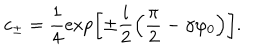
LaTeX: c _ { \pm } = \frac 1 4 \exp \left[ \pm \frac { i } { 2 } \left( \frac { \pi } { 2 } - \gamma \varphi _ { 0 } \right) \right] .